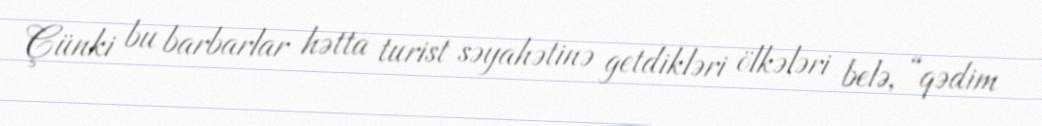
Çünki bu barbarlar hətta turist səyahətinə getdikləri ölkələri belə, “qədim